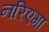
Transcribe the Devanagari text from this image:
नरिएगा